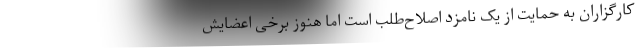
کارگزاران به حمایت از یک نامزد اصلاح‌طلب است اما هنوز برخی اعضایش